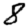
Digit: 8